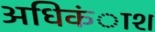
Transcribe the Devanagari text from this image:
अधिकंाश